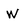
Character: W